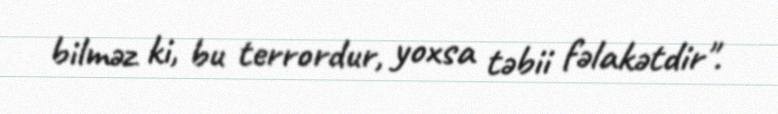
bilməz ki, bu terrordur, yoxsa təbii fəlakətdir".